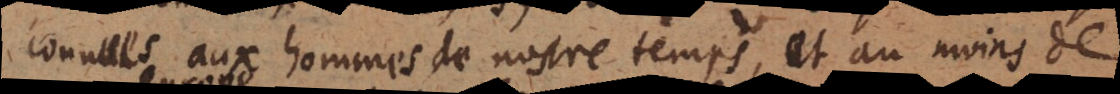
connues aux hommes de nostre temps, et au moins de